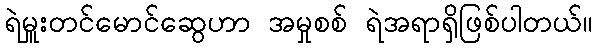
ရဲမှူးတင်မောင်ဆွေဟာ အမှုစစ် ရဲအရာရှိဖြစ်ပါတယ်။